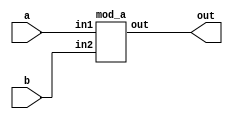
module top_module(
  input 	a,
  input 	b,
  output 	out
);
  
// 

    mod_a inst_name1(
        .in1 (a),
        .in2 (b),
        .out (out));

//
endmodule


module mod_a ( 
  input 	in1, 
  input 	in2, 
  output 	out 
);
assign out = in1 & in2;
endmodule